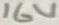
Text: 16V